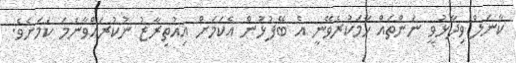
ކާނަލް ވިދާޅުވީ ނަންތައް ހާމަކުރެވޭނީ އެ ބޭފުޅުން އެކަމަށް އިއުތިރާޒު ނުކުރައްވާނަމަ ކަމަށެވެ.